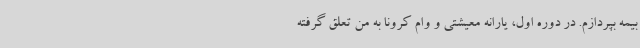
بیمه بپردازم. در دوره اول، یارانه معیشتی و وام کرونا به من تعلق گرفته